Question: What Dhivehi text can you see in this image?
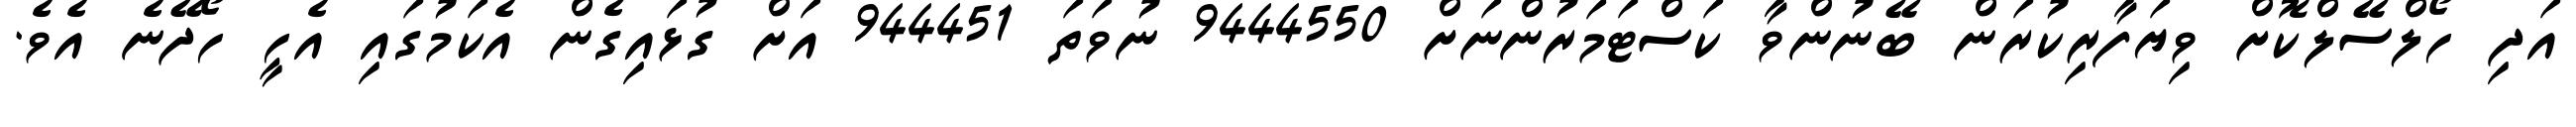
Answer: އަދި ހޯލްސޭލްކޮށް ވިޔަފާރިކުރަން ބޭނުންވާ ކަސްޓަމަރުންނަށް 9444550 ނުވަތަ 944451 އަށް ގުޅައިގެން އެކަމުގައި އެހީ ހޯދޭނެ އެވެ.